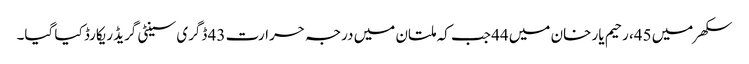
سکھر میں 45، رحیم یار خان میں 44 جب کہ ملتان میں درجہ حرارت 43 ڈگری سینٹی گریڈ ریکارڈ کیا گیا۔